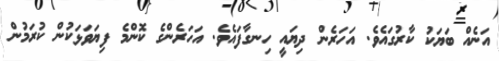
އަނެއް ބަޔަކު ކާރުގައެވެ. އަހަރެން ދިޔައީ ހިނގާފައެވެ. އަހަރެންގެ ކޮންމެ ފިޔަވަޅަކުން ކުރަމުން